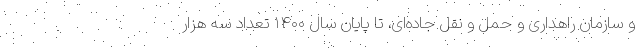
و سازمان راهداری و حمل و نقل جاده‌ای، تا پایان سال ۱۴۰۰ تعداد سه هزار